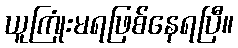
ယူကြုံးမရဖြစ်နေရပြီ။